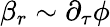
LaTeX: \beta_{r}\sim\partial_{\tau}\phi